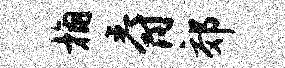
桷爵郊